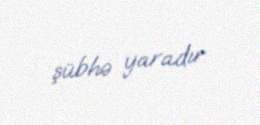
şübhə yaradır.